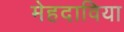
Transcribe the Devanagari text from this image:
मेहदाविया